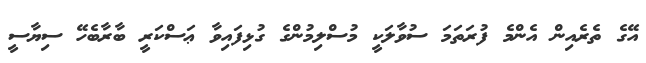
އޭގެ ތެރެއިން އެންމެ ފުރަތަމަ ސުވާލަކީ މުސްލިމުންގެ ގުޅިފައިވާ ޢަސްކަރީ ބާރާބެހޭ ސިޔާސީ